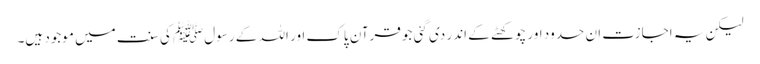
لیکن یہ اجازت ان حدود اور چوکھٹے کے اندر دی گئی جو قرآن پاک اور اللہ کے رسولﷺ کی سنت میں موجود ہیں۔